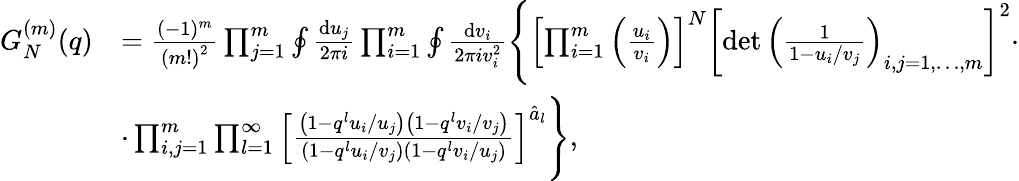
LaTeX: \begin{array}{rl}{G_{N}^{(m)}(q)}&{=\frac{(-1)^{m}}{\left(m!\right)^{2}}\prod_{j=1}^{m}\oint\frac{{\mathrm{d}}u_{j}}{2\pi i}\prod_{i=1}^{m}\oint\frac{{\mathrm{d}}v_{i}}{2\pi iv_{i}^{2}}\Bigg\{ \left[\prod_{i=1}^{m}\left(\frac{u_{i}}{v_{i}}\right)\right]^{N}\left[\operatorname*{det}\left(\frac{1}{1-u_{i}/v_{j}}\right)_{i,j=1,\dots,m}\right]^{2}\cdot}\\ &{\cdot\prod_{i,j=1}^{m}\prod_{l=1}^{\infty}\left[\frac{\left(1-q^{l}u_{i}/u_{j}\right)\left(1-q^{l}v_{i}/v_{j}\right)}{\left(1-q^{l}u_{i}/v_{j}\right)\left(1-q^{l}v_{i}/u_{j}\right)}\right]^{\hat{a}_{l}}\Bigg\} ,}\end{array}